Civil Veterinary Dept. North-West Frontier Province 1933-46 - 1933-1946
Year: 1933
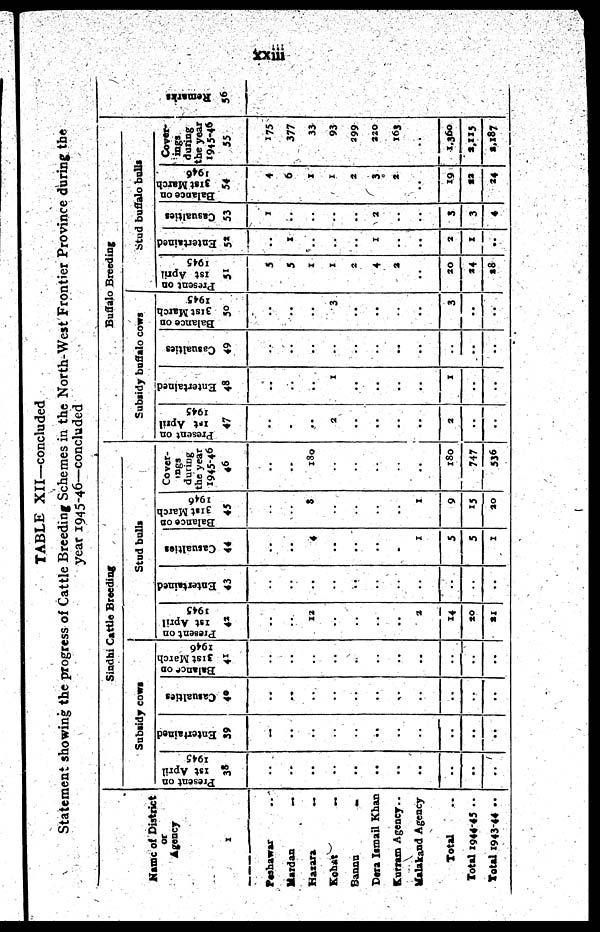
xxiii
TABLE XII—concluded
Statement showing the progress of Cattle Breeding Schemes in the North-West Frontier Province during the
year 1945-46—concluded
Mane of District
or
Agency
1
Peshawar ..
Mardan
..
Hasara
..
Kohat
..
Bannu
..
Dera Ismail Khan
Kurram Agency ..
Malakand Agency
Total ..
Total 1944-45 ..
Total 1943-44 ..
Sindhi Cattle Breeding
Subsidy cows
Present on
1st April
1945
38
..
..
..
..
..
..
..
..
..
..
..
Entertained
39
..
..
..
..
..
..
..
..
..
..
..
Casualties
40
..
..
..
..
..
..
..
..
..
..
..
Balance on
31st March
1946
41
..
..
..
..
..
..
..
..
..
..
..
Stud bulls
Present on
1st April
1945
42
..
..
12
..
..
..
..
2
14
20
21
Entertained
43
..
..
..
..
..
..
..
..
..
..
..
Casualties
44
..
..
4
..
..
..
..
1
5
5
1
Balance on
31st March
1946
45
..
..
8
..
..
..
..
1
9
15
20
Cover-
ings
during
the year
1945-46
46
..
..
180
..
..
..
..
..
180
747
536
Buffalo Breeding
Subsidy buffalo cows
Present on
1st April
1945
47
..
.
..
2
..
..
..
..
2
..
..
Entertained
48
..
..
..
1
..
..
..
..
1
..
..
Casualties
49
..
..
..
..
..
..
..
..
..
..
..
Balance on
31st March
1945
50
..
..
..
3
..
..
..
..
3
..
..
Stud buffalo bolls
Present on
1st April
1945
51
5
5
1
1
2
4
2
..
20
24
48
Entertained
52
..
1
..
..
..
1
..
..
2
1
..
Casualties
53
1
..
..
..
..
2
..
..
3
3
4
Balance on
31st March
1946
54
4
6
1
1
2
3
2
..
19
22
24
Cover-
ings
during
the year
1945-46
55
175
377
31
93
299
220
165
..
1.360
2,115
2,187
Remarks
56